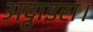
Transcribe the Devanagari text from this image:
अट्ठाइस।